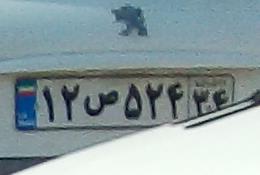
۱۲ص۵۲۴۳۴